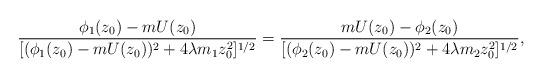
LaTeX: \begin{align*} \frac{\phi_1(z_0) - m U(z_0)}{[( \phi_1(z_0) - m U(z_0))^2 + 4 \lambda m_1 z_0^2]^{1/2}} = \frac{m U(z_0) - \phi_2(z_0)}{[( \phi_2(z_0) - m U(z_0))^2 + 4 \lambda m_2 z_0^2]^{1/2}},\end{align*}